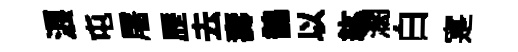
浪屯屠歴去夀鵲以紘濶白寔